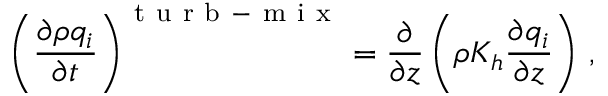
\left( \frac { \partial \rho q _ { i } } { \partial t } \right) ^ { \mathrm { ~ t ~ u ~ r ~ b ~ - ~ m ~ i ~ x ~ } } = \frac { \partial } { \partial z } \left( \rho K _ { h } \frac { \partial q _ { i } } { \partial z } \right) \, ,